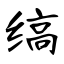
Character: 缟